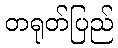
တရုတ်ပြည်